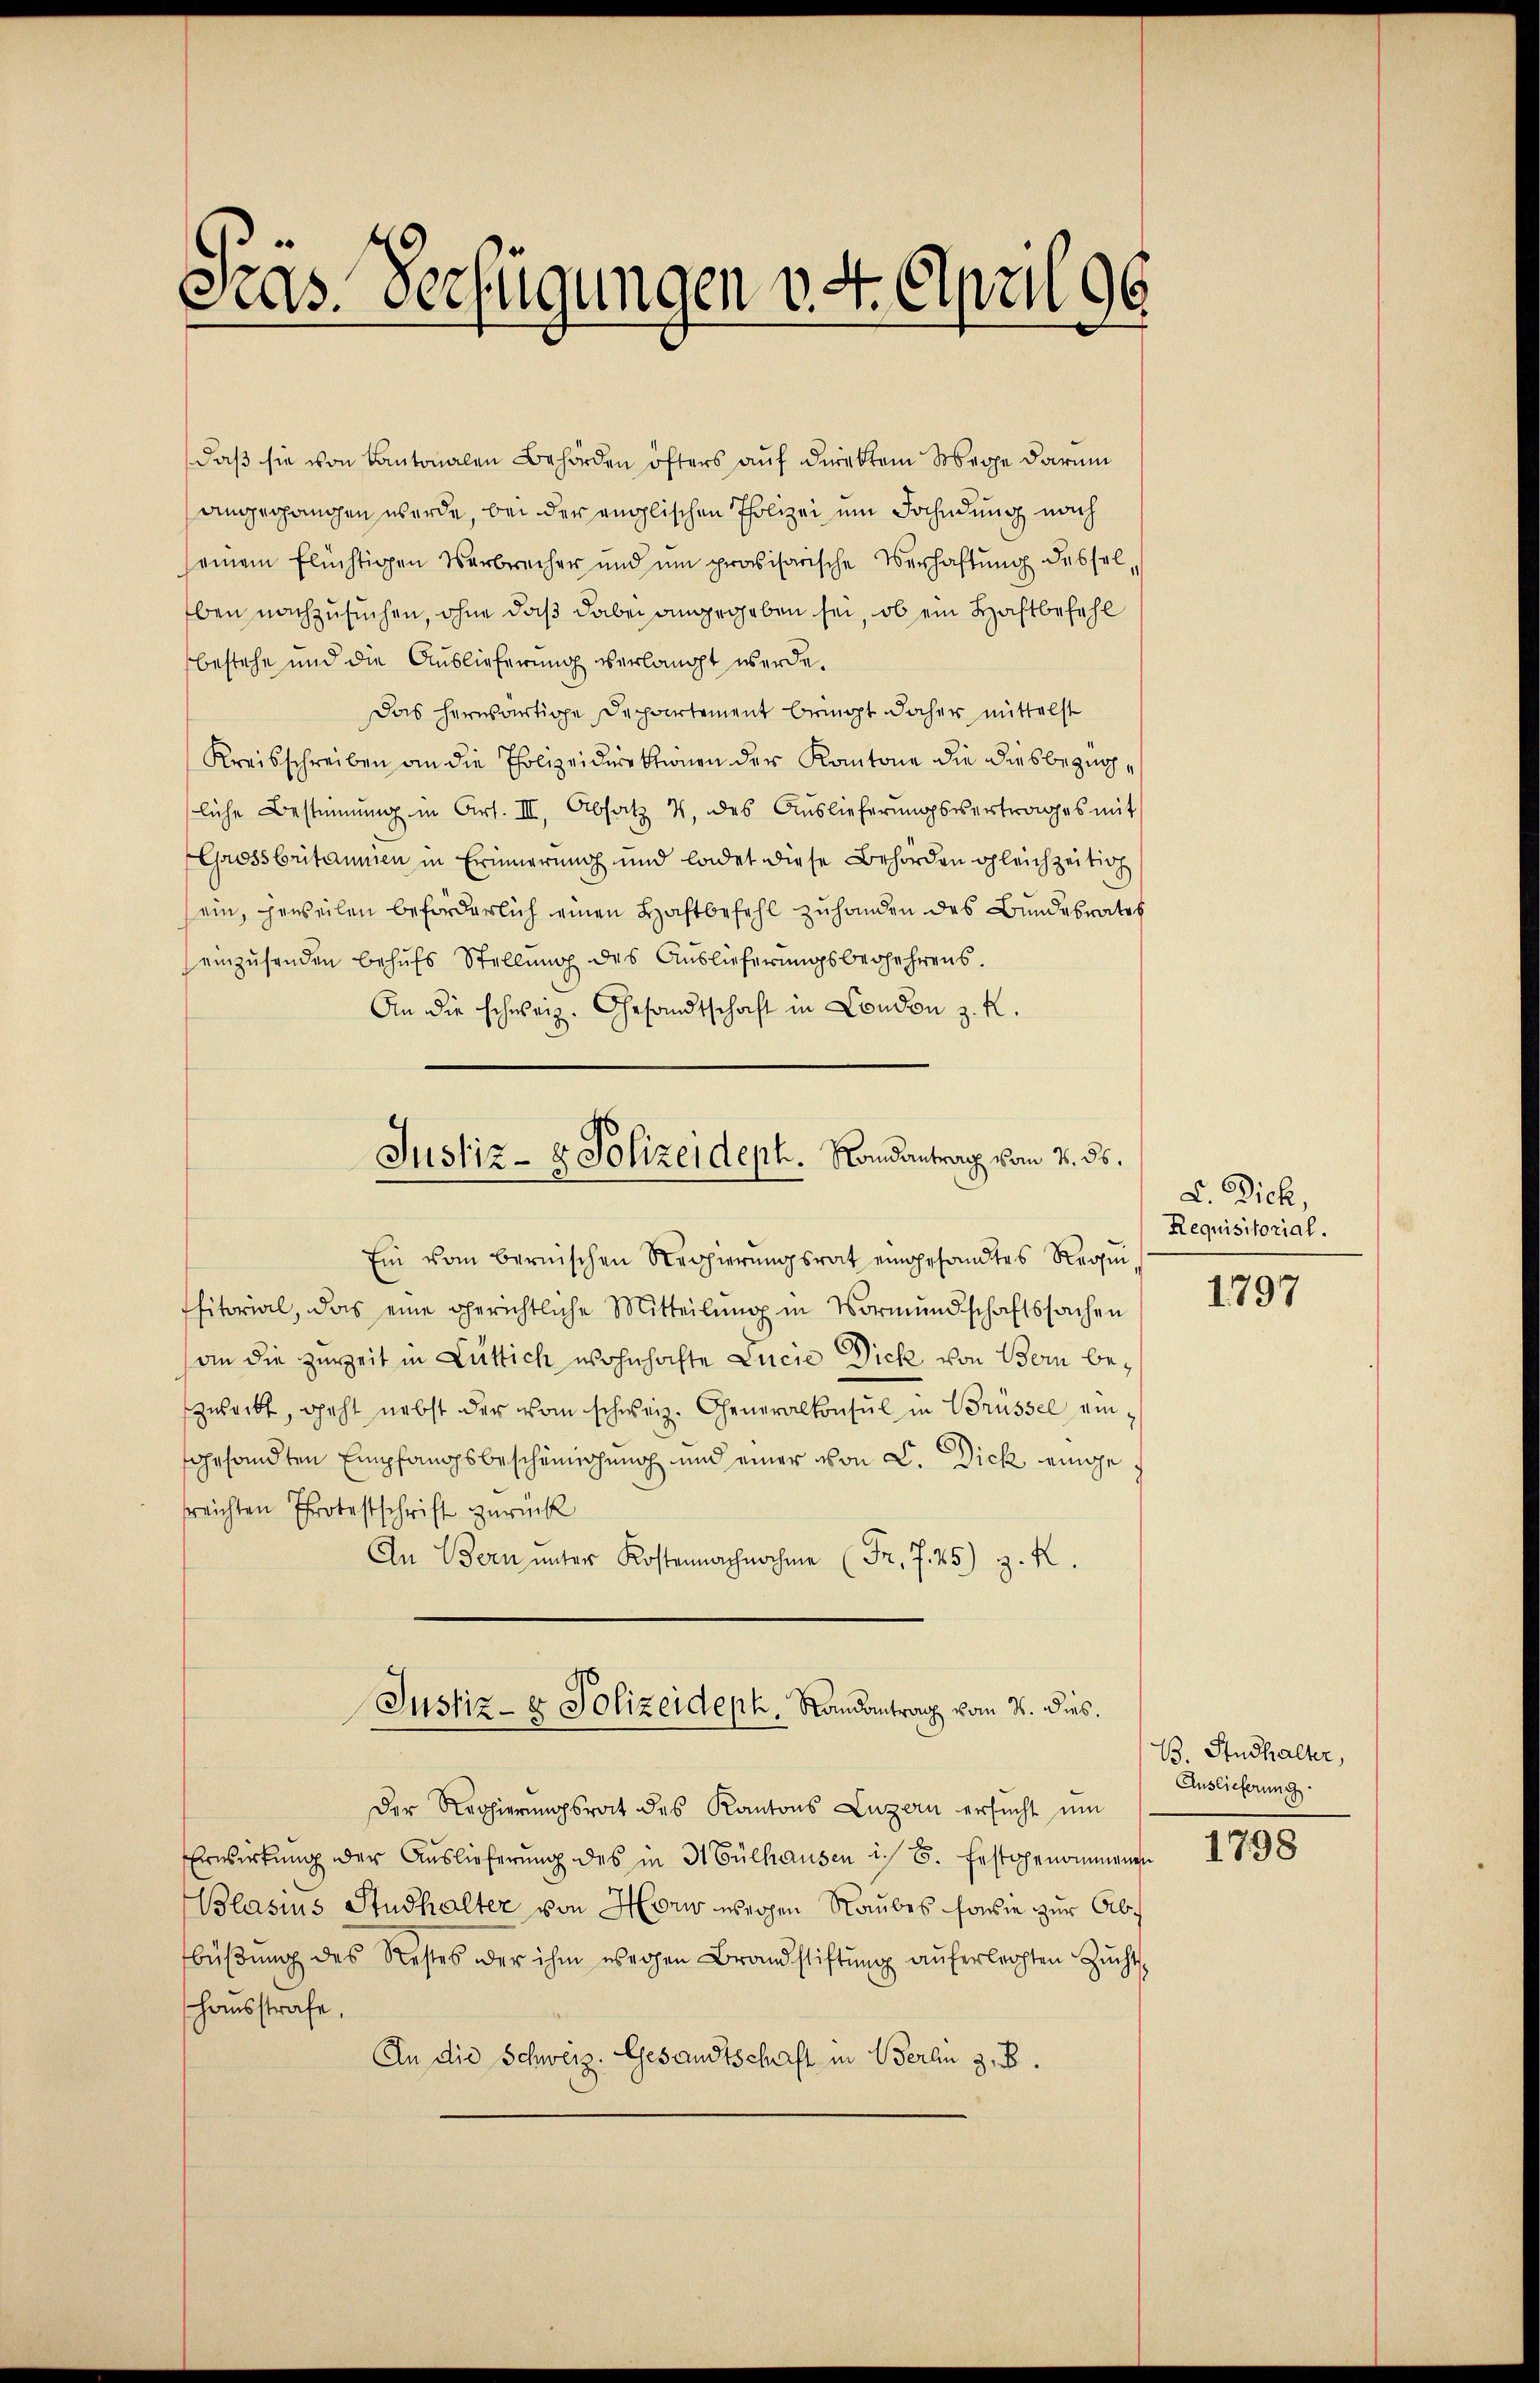
Cras. Verfügungen v. 4. April 96

daß sie von Kantonalen Behörden öfters auf direkten Wege darum
angegangen werde, bei der englischen Polizei ein Fahndung nach
seinem flüchtigen Verbrecher und um provisorische Verhaftung desselben nachzusuchen, ohne daß dabei angegeben sei, ob ein Haftbefehl
bestehe und die Auslieferung verlangt werde.
Das herwärtige Departement bringt daher mittelst
Kreisschreiben an die Polizeidirektionen der Kantone die diesbezügliche Bestimmung in Art. II, Absatz 4, des Auslieferŭngsvertrages mit
Grossbritammen in Erinnerung und ladet diese Behörden gleichzeitig
sein, herweilen beförderlich einen Haftbefehl zuhanden des Bundesrates
einzusenden behufs Stellung des Auslieferungsbegehrens.
An die schweiz. Gesandtschaft in Condon z. K.
Ein vom bernischen Regierungsrat eingesandtes Regi
sitorial, das eine gerichtliche Mitteilŭng in Vormundschaftssachen
an die zureit in Luttich wohnhafte Lucie Dick von Bern bezweckt, geht nebst der vom schweiz. Generalkonsul in Brüssel, eingesandten Empfangsbescheinigung und einer von C. Dick eingesreichten Protestschrift zurück
An Bern ŭnter Kostenachnahme (Fr. 7. 45) z. K.
Justiz- & Polizeideph, Randantrag vom 8. dies.
Der Regierungsrat des Kantons Luzern ersucht um
Erwirkung der Auslieferung des in 3t Gülhausen i. B. festgenommenen
Blasius Studhalter von Horw wegen Raubes sowie zur Abbüβŭng des Restes der ihm wegen Brandstiftŭng aŭferleihten Zŭcht
hausstrafe,
An die Schweiz. Gesandtschaft in Berli z. B.

Justiz- & Polizeideph. Landantrag vom 3. ds.

L. Dich,
Requisitorial.

1797

B. Studhalter,
Auslieferung.

1798